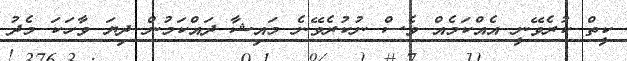
ކީތް ކުރެވޭނީ އެއްކަމެއް ވެސް ނުކުރެވޭނެ މައިޝާ ދައްކަމުން ދިޔަ ވާހަކަ މެދު